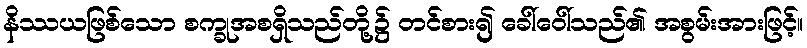
နိဿယဖြစ်သော စက္ခုအစရှိသည်တို့၌ တင်စား၍ ခေါ်ဝေါ်သည်၏ အစွမ်းအားဖြင့်။